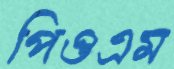
পিওএম